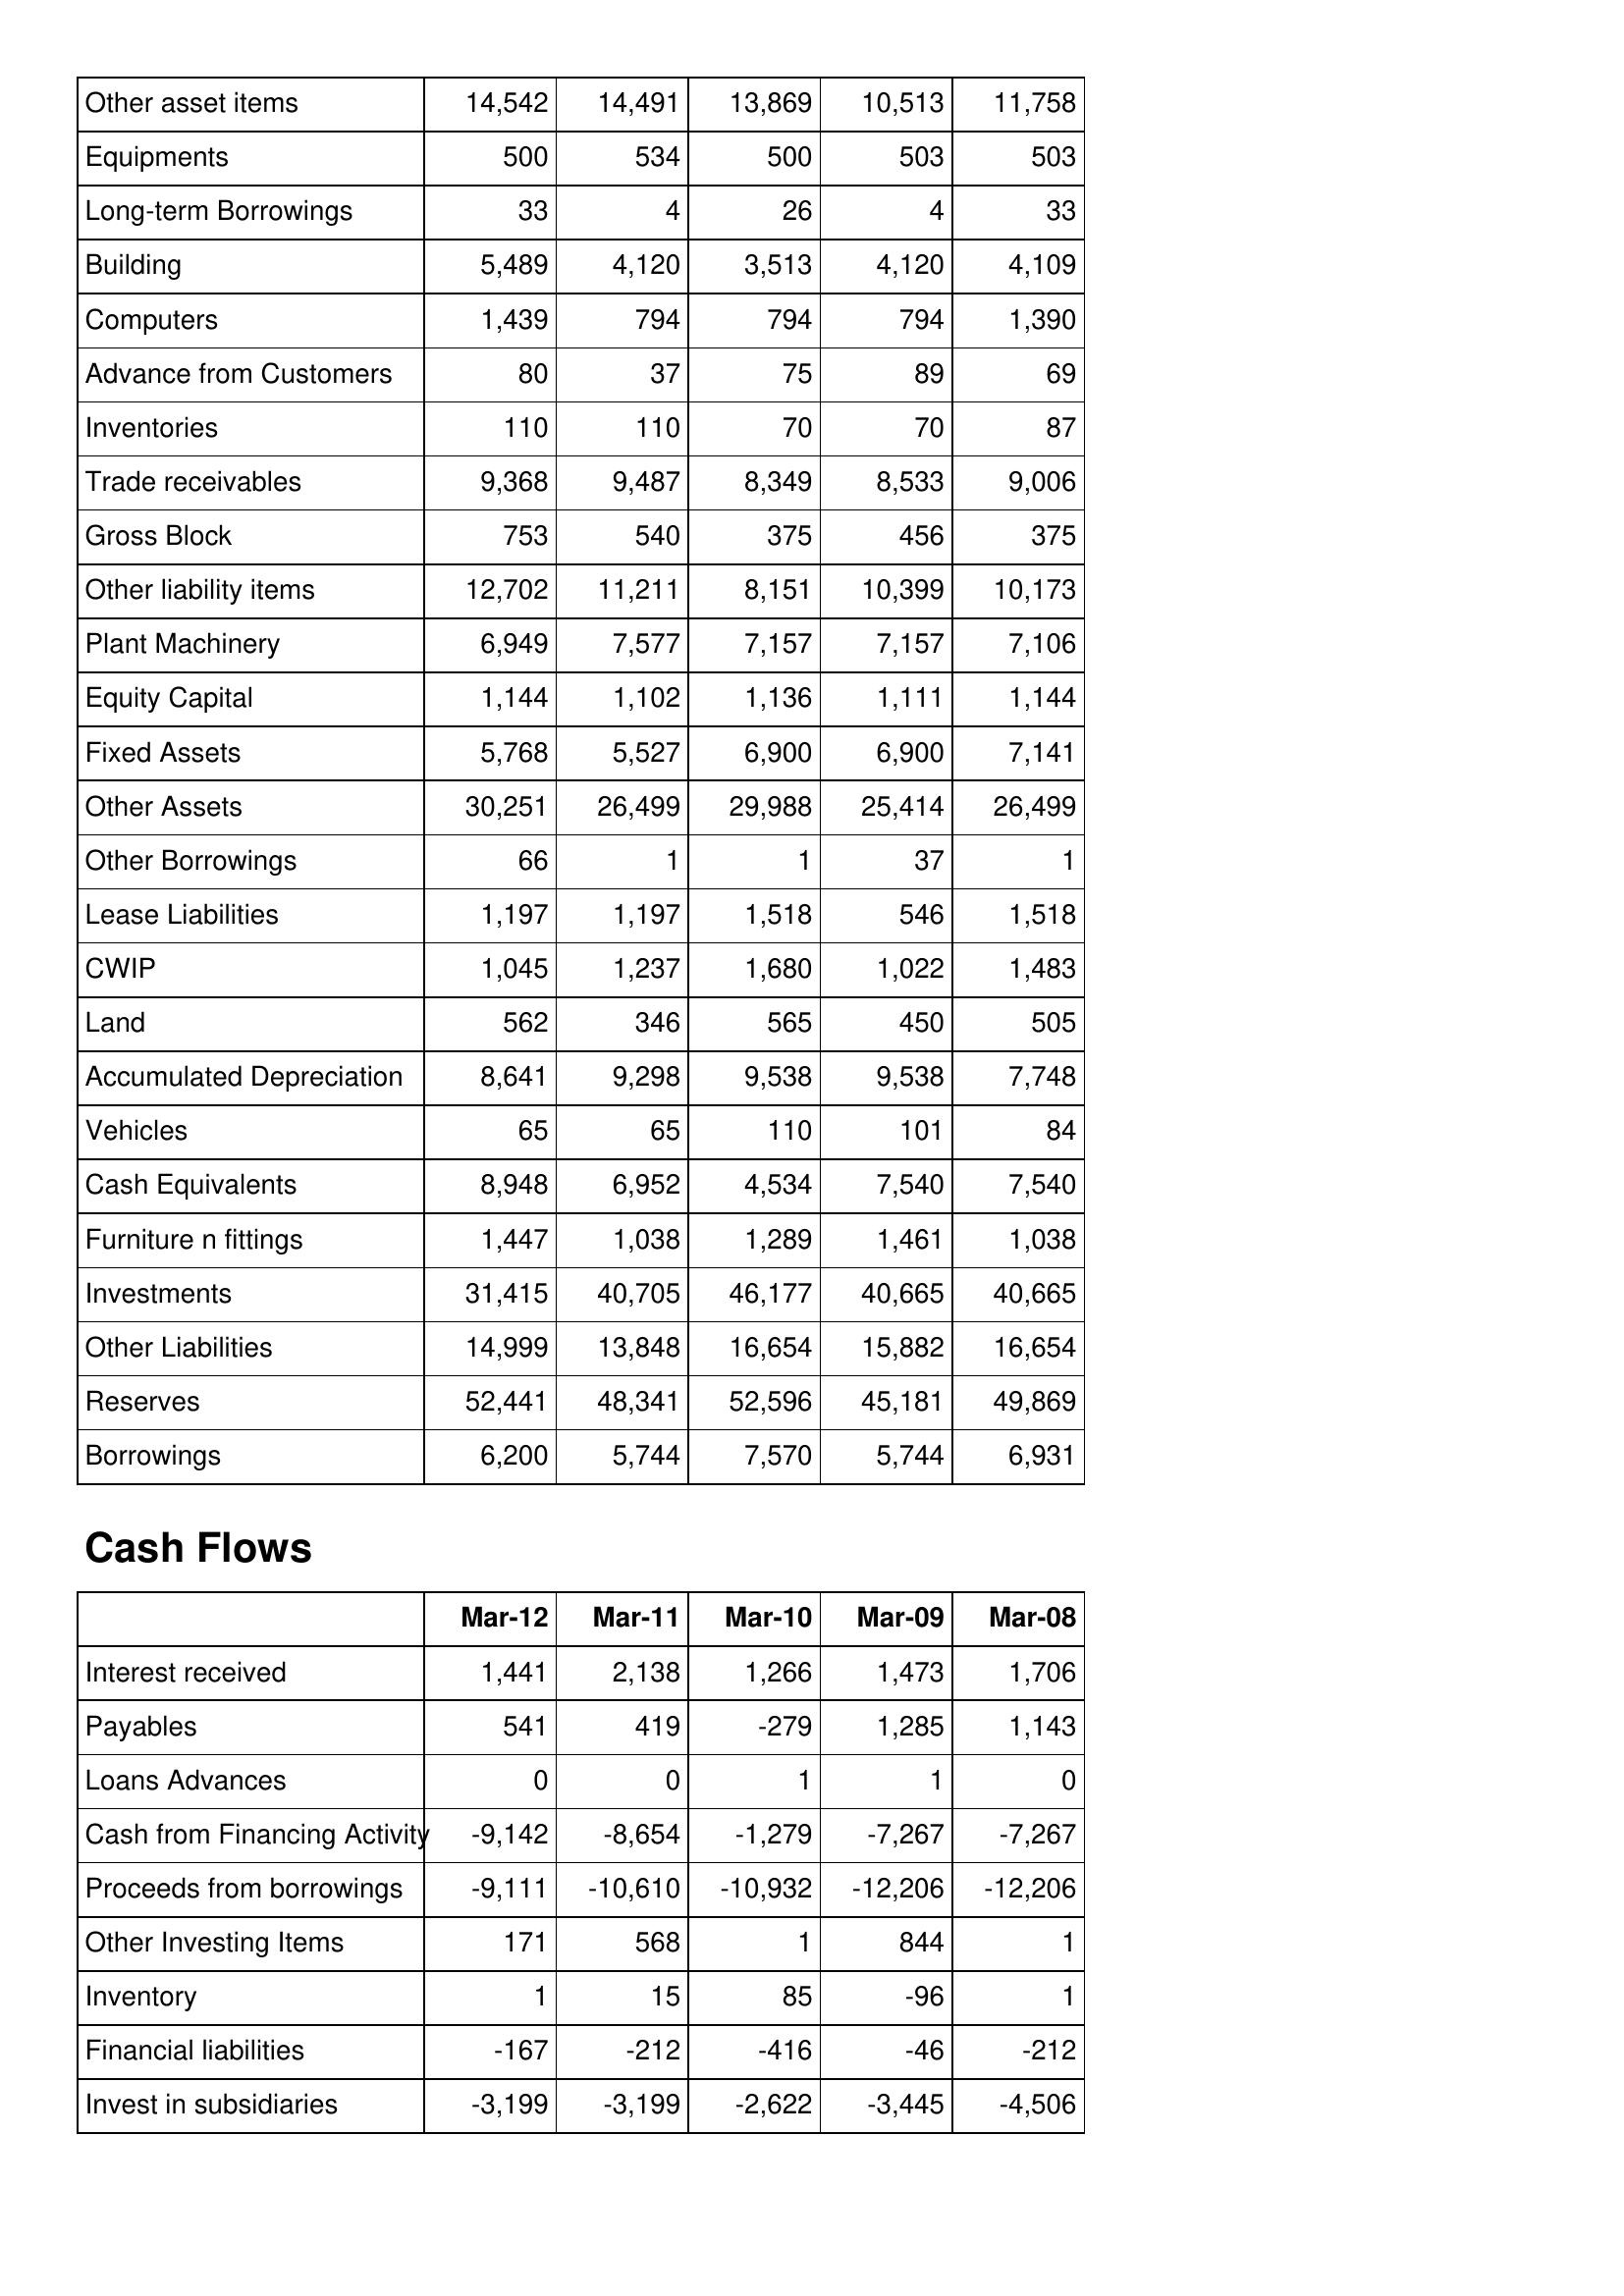
Mar-12: Balance Sheet: Other asset items: 14,542
Equipments: 500
Long-term Borrowings: 33
Building: 5,489
Computers: 1,439
Advance from Customers: 80
Inventories: 110
Trade receivables: 9,368
Gross Block: 753
Other liability items: 12,702
Plant Machinery: 6,949
Equity Capital: 1,144
Fixed Assets: 5,768
Other Assets: 30,251
Other Borrowings: 66
Lease Liabilities: 1,197
CWIP: 1,045
Land: 562
Accumulated Depreciation: 8,641
Vehicles: 65
Cash Equivalents: 8,948
Furniture n fittings: 1,447
Investments: 31,415
Other Liabilities: 14,999
Reserves: 52,441
Borrowings: 6,200
Cash Flows: Interest received: 1,441
Payables: 541
Loans Advances: 0
Cash from Financing Activity: -9,142
Proceeds from borrowings: -9,111
Other Investing Items: 171
Inventory: 1
Financial liabilities: -167
Invest in subsidiaries: -3,199
Mar-11: Balance Sheet: Other asset items: 14,491
Equipments: 534
Long-term Borrowings: 4
Building: 4,120
Computers: 794
Advance from Customers: 37
Inventories: 110
Trade receivables: 9,487
Gross Block: 540
Other liability items: 11,211
Plant Machinery: 7,577
Equity Capital: 1,102
Fixed Assets: 5,527
Other Assets: 26,499
Other Borrowings: 1
Lease Liabilities: 1,197
CWIP: 1,237
Land: 346
Accumulated Depreciation: 9,298
Vehicles: 65
Cash Equivalents: 6,952
Furniture n fittings: 1,038
Investments: 40,705
Other Liabilities: 13,848
Reserves: 48,341
Borrowings: 5,744
Cash Flows: Interest received: 2,138
Payables: 419
Loans Advances: 0
Cash from Financing Activity: -8,654
Proceeds from borrowings: -10,610
Other Investing Items: 568
Inventory: 15
Financial liabilities: -212
Invest in subsidiaries: -3,199
Mar-10: Balance Sheet: Other asset items: 13,869
Equipments: 500
Long-term Borrowings: 26
Building: 3,513
Computers: 794
Advance from Customers: 75
Inventories: 70
Trade receivables: 8,349
Gross Block: 375
Other liability items: 8,151
Plant Machinery: 7,157
Equity Capital: 1,136
Fixed Assets: 6,900
Other Assets: 29,988
Other Borrowings: 1
Lease Liabilities: 1,518
CWIP: 1,680
Land: 565
Accumulated Depreciation: 9,538
Vehicles: 110
Cash Equivalents: 4,534
Furniture n fittings: 1,289
Investments: 46,177
Other Liabilities: 16,654
Reserves: 52,596
Borrowings: 7,570
Cash Flows: Interest received: 1,266
Payables: -279
Loans Advances: 1
Cash from Financing Activity: -1,279
Proceeds from borrowings: -10,932
Other Investing Items: 1
Inventory: 85
Financial liabilities: -416
Invest in subsidiaries: -2,622
Mar-09: Balance Sheet: Other asset items: 10,513
Equipments: 503
Long-term Borrowings: 4
Building: 4,120
Computers: 794
Advance from Customers: 89
Inventories: 70
Trade receivables: 8,533
Gross Block: 456
Other liability items: 10,399
Plant Machinery: 7,157
Equity Capital: 1,111
Fixed Assets: 6,900
Other Assets: 25,414
Other Borrowings: 37
Lease Liabilities: 546
CWIP: 1,022
Land: 450
Accumulated Depreciation: 9,538
Vehicles: 101
Cash Equivalents: 7,540
Furniture n fittings: 1,461
Investments: 40,665
Other Liabilities: 15,882
Reserves: 45,181
Borrowings: 5,744
Cash Flows: Interest received: 1,473
Payables: 1,285
Loans Advances: 1
Cash from Financing Activity: -7,267
Proceeds from borrowings: -12,206
Other Investing Items: 844
Inventory: -96
Financial liabilities: -46
Invest in subsidiaries: -3,445
Mar-08: Balance Sheet: Other asset items: 11,758
Equipments: 503
Long-term Borrowings: 33
Building: 4,109
Computers: 1,390
Advance from Customers: 69
Inventories: 87
Trade receivables: 9,006
Gross Block: 375
Other liability items: 10,173
Plant Machinery: 7,106
Equity Capital: 1,144
Fixed Assets: 7,141
Other Assets: 26,499
Other Borrowings: 1
Lease Liabilities: 1,518
CWIP: 1,483
Land: 505
Accumulated Depreciation: 7,748
Vehicles: 84
Cash Equivalents: 7,540
Furniture n fittings: 1,038
Investments: 40,665
Other Liabilities: 16,654
Reserves: 49,869
Borrowings: 6,931
Cash Flows: Interest received: 1,706
Payables: 1,143
Loans Advances: 0
Cash from Financing Activity: -7,267
Proceeds from borrowings: -12,206
Other Investing Items: 1
Inventory: 1
Financial liabilities: -212
Invest in subsidiaries: -4,506